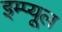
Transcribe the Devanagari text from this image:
इम्प्यूल